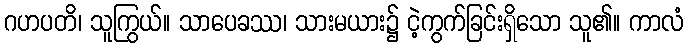
ဂဟပတိ၊ သူကြွယ်။ သာပေခဿ၊ သားမယား၌ ငဲ့ကွက်ခြင်းရှိသော သူ၏။ ကာလံ